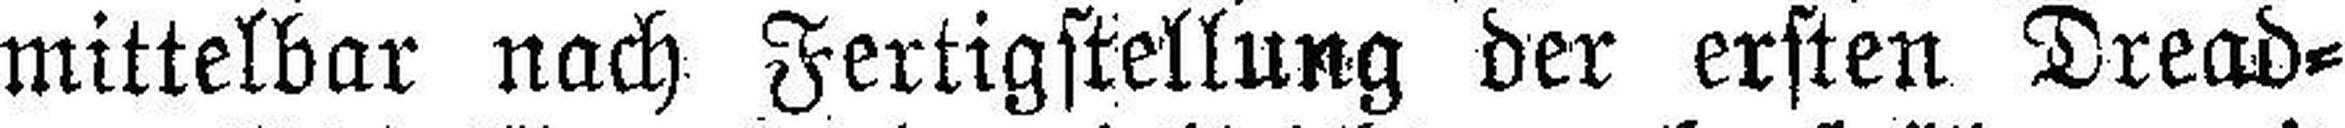
mittelbar nach Fertigstellung der ersten Dread¬